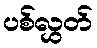
ပစ်လွှတ်